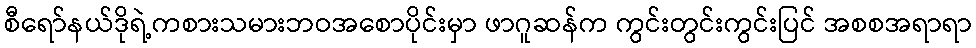
စီရော်နယ်ဒိုရဲ့ကစားသမားဘဝအစောပိုင်းမှာ ဖာဂူဆန်က ကွင်းတွင်းကွင်းပြင် အစစအရာရာ